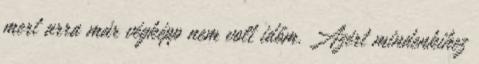
mert arra már végképp nem volt időm. Azért mindenkihez